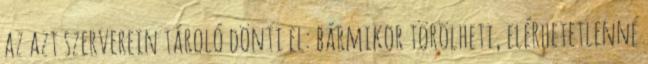
az azt szerverein tároló dönti el: bármikor törölheti, elérhetetlenné